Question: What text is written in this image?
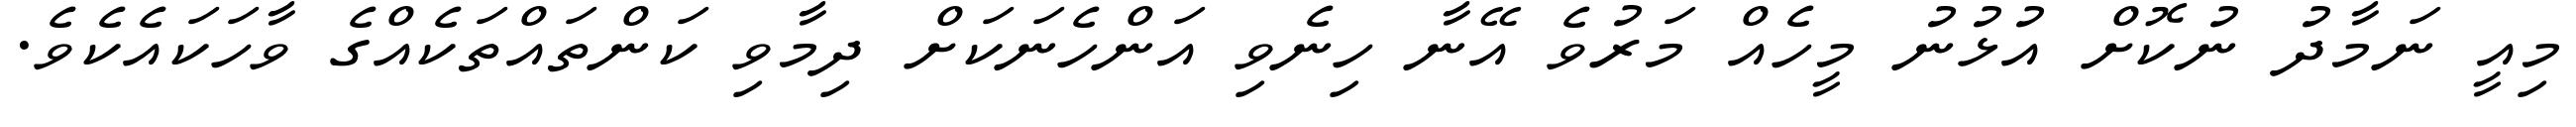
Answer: މިއީ ނަމާދު ނުކޮށް އުޅުނު މީހެއް މަރުވެ އޭނާ ހިނެވި އަންހެނަކަށް ދިމާވި ކަންތައްތަކެއްގެ ވާހަކައެކެވެ.